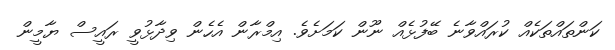
ކަންތައްތަކެއް ކުރައްވާނެ ބޭފުޅެއް ނޫން ކަމަށެވެ. އިމްރާން އެހެން ވިދާޅުވީ ރައީސް ޔާމީން